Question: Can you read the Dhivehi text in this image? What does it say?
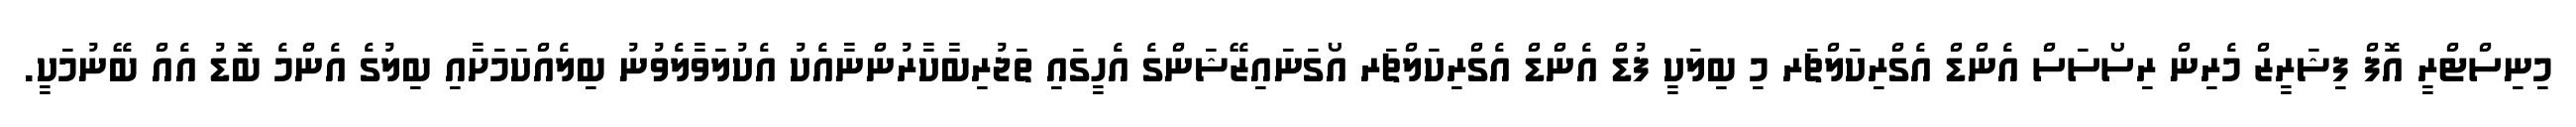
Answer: މިނިސްޓްރީ އޮފް ފިޝަރީޒް މެރިން ރިސޯސަސް އެންޑް އެގްރިކަލްޗަރ މި ބިލަކީ ފުޑް އެންޑް އެގްރިކަލްޗަރ އޯގަނައިޒޭޝަންގެ އެހީގައި ތަޖުރިބާކާރުންނާއެކު އެކުލަވާލެވުނު ބިލެއްކަމަށާއި ބިލުގެ އެންމެ ބޮޑު އެއް ބޭނުމަކީ.